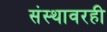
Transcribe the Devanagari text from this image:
संस्थावरही